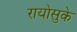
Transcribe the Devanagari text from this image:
रायोसुके